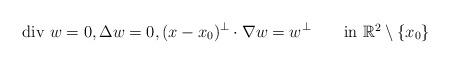
LaTeX: \begin{align*}\mbox{div $w$}=0, \Delta w=0, (x-x_0)^\perp\cdot\nabla w=w^\perp \qquad\mbox{in $\mathbb R^2\setminus\{x_0\}$}\end{align*}